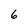
Character: 6